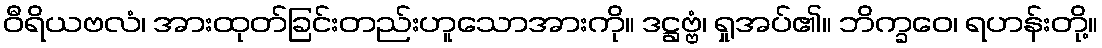
ဝီရိယဗလံ၊ အားထုတ်ခြင်းတည်းဟူသောအားကို။ ဒဋ္ဌဗ္ဗံ၊ ရှုအပ်၏။ ဘိက္ခဝေ၊ ရဟန်းတို့။